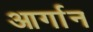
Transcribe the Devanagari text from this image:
आर्गान